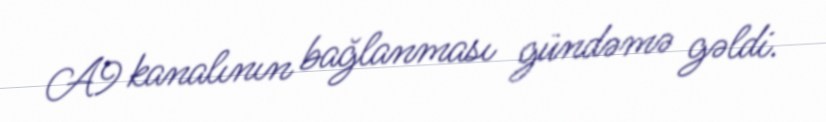
A9 kanalının bağlanması gündəmə gəldi.